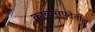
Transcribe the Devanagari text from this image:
काव्यसंपदेतील